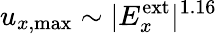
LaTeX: u_{x,\textrm{max}}\sim|E_{x}^{\textrm{ext}}|^{1.16}